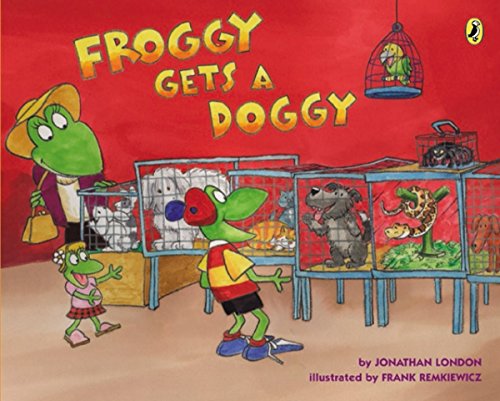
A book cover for Froggy Gets a Doggy; Jonathan London; Children's Books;